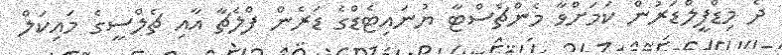
ދެ މިޑްފީލްޑަރުން ކަމަށްވާ މެންޗެސްޓާ ޔުނައިޓެޑްގެ ޑަރެން ފްލެޗާ އާއި ޗެލްސީގެ މައިކަލް